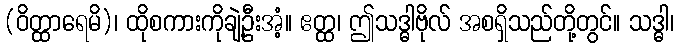
(ဝိတ္ထာရေမိ)၊ ထိုစကားကိုချဲ့ဦးအံ့။ ဧတ္ထ၊ ဤသဒ္ဓါဗိုလ် အစရှိသည်တို့တွင်။ သဒ္ဓါ၊